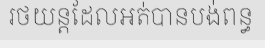
រថយន្តដែលអត់បានបង់ពន្ធ